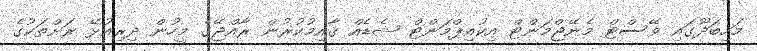
މަހިބަދޫގައި ވޭސްޓް މެނޭޖްމަންޓް އިކުއިޕްމަންޓް ޝެޑެއް ޤާއިމުކުރުން ރާއްޖޭގެ މީހުން ދިރިއުޅޭ ރަށްތަކުގެ